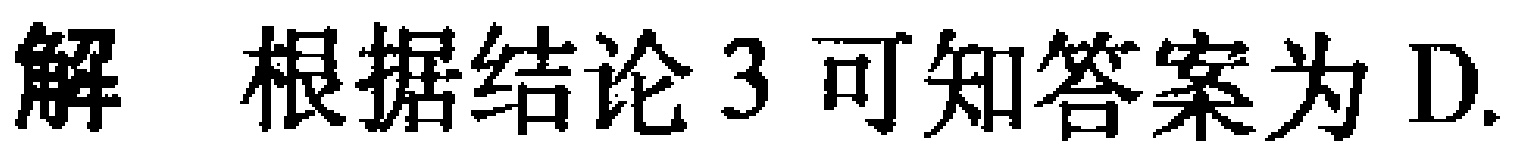
解 根据结论3 可知答案为 D.